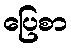
ပြေစာ